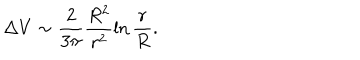
LaTeX: \Delta V \sim \frac { 2 } { 3 \pi } \frac { R ^ { 2 } } { r ^ { 2 } } \ln \frac { r } { R } .